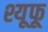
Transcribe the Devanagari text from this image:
श्यूफू